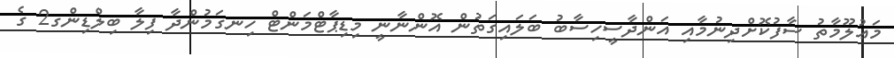
މަޢުލޫމާތު ސާފުކޮށްދިނުމާއި އަންދާސީހިސާބު ބަލައިގަތުން އޮންނާނީ މިޑިޕާޓްމަންޓް ހިނގަމުންދާ ފިލާ ބިލްޑިންގ2 ގެ